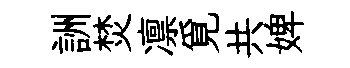
詶焚凛覓共婢